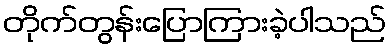
တိုက်တွန်းပြောကြားခဲ့ပါသည်